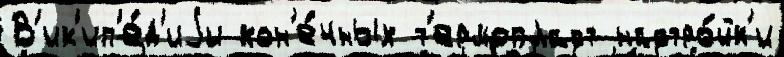
В'ик'ип'е́д'иjи кон'е́чных т'ермопласт настро́йк'и